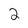
Character: 2